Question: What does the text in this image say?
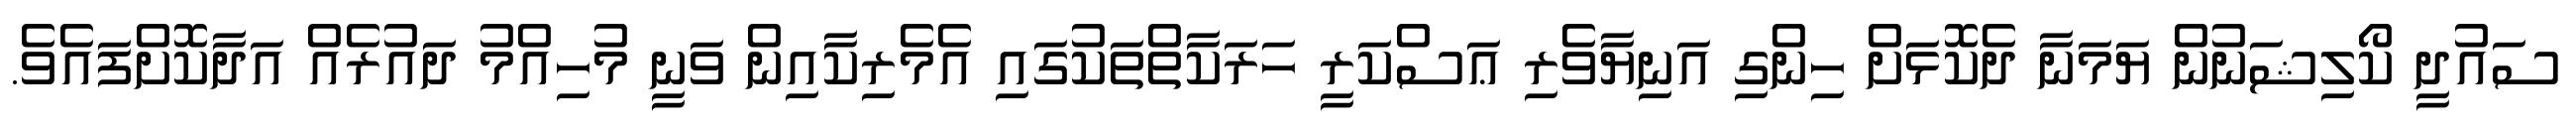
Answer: ސައުދީ ކޯލިޝަނުން ޔަމަނާ ދެކޮޅަށް ހިންގި އަނިޔާވެރި ޢަސްކަރީ ހަރަކާތްތަކުގައި އެމެރިކާއިން ވަނީ މުހިއްމު ދައުރެއް އަދާކޮށްފައެވެ.